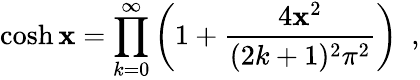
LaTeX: \cosh\mathbf{x}=\prod_{k=0}^{\infty}\left(1+\frac{{4\mathbf{x}^{2}}}{{(2k+1)^{2}\pi^{2}}}\right)\, \, \, ,